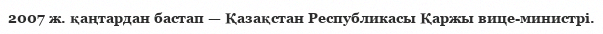
2007 ж. қаңтардан бастап — Қазақстан Республикасы Қаржы вице-министрі.